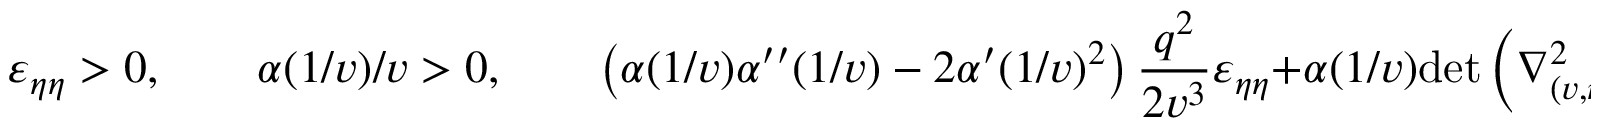
\varepsilon _ { \eta \eta } > 0 , \qquad \alpha ( 1 / v ) / v > 0 , \qquad \left( \alpha ( 1 / v ) \alpha ^ { \prime \prime } ( 1 / v ) - 2 \alpha ^ { \prime } ( 1 / v ) ^ { 2 } \right) \frac { q ^ { 2 } } { 2 v ^ { 3 } } \varepsilon _ { \eta \eta } + \alpha ( 1 / v ) \mathrm { d e t } \left( \nabla _ { ( v , \eta ) } ^ { 2 } \varepsilon ( v , \eta ) \right) > 0 .